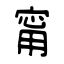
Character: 甯